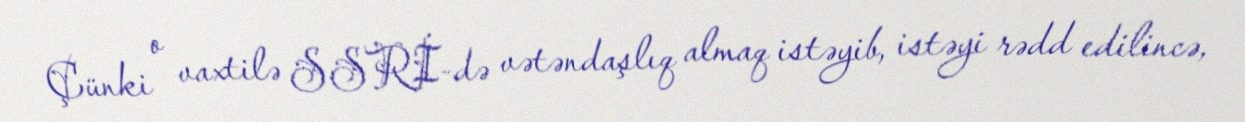
Çünki o vaxtilə SSRİ-də vətəndaşlıq almaq istəyib, istəyi rədd edilincə,